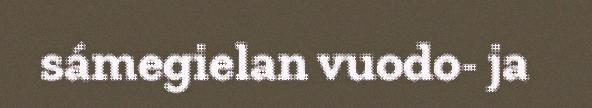
sámegielan vuodo- ja